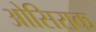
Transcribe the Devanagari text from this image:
ओसिराक